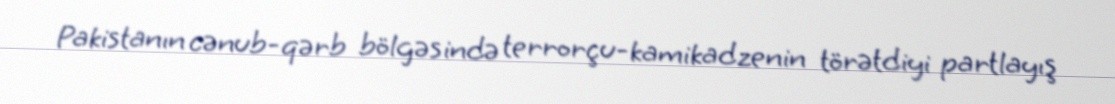
Pakistanın cənub-qərb bölgəsində terrorçu-kamikadzenin törətdiyi partlayış